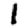
Digit: 1